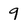
Character: 9